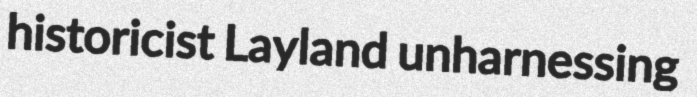
historicist Layland unharnessing